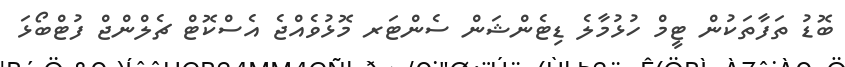
ބޮޑު ތަފާތަކުން ޓީމް ހުޅުމާލެ ޑިޓެންޝަން ސެންޓަރ މޮޅުވެއްޖެ އެސްކޮޓް ޗެލްންޖް ފުޓްބޯޅަ